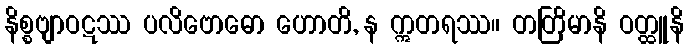
နိစ္စဗျာဝဋဿ ပလိဗောဓော ဟောတိ, န ဣတရဿ။ တတြိမာနိ ဝတ္ထူနိ